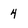
Character: 4